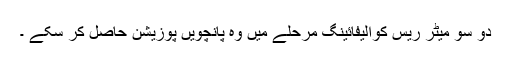
دو سو میٹر ریس کوالیفائینگ مرحلے میں وہ پانچویں پوزیشن حاصل کر سکے ۔